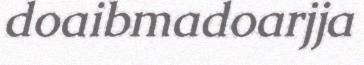
doaibmadoarjja